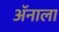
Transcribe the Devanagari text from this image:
ॲनाला